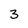
Character: 3